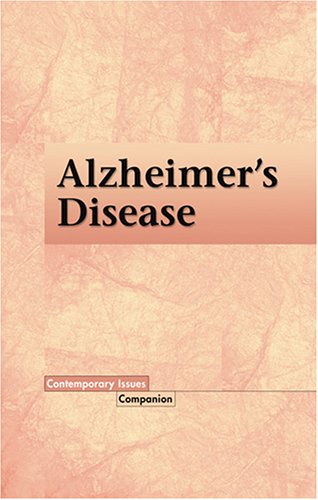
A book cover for Alzheimer's Disease (Contemporary Issues Companion); Adela Soliz; Teen & Young Adult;